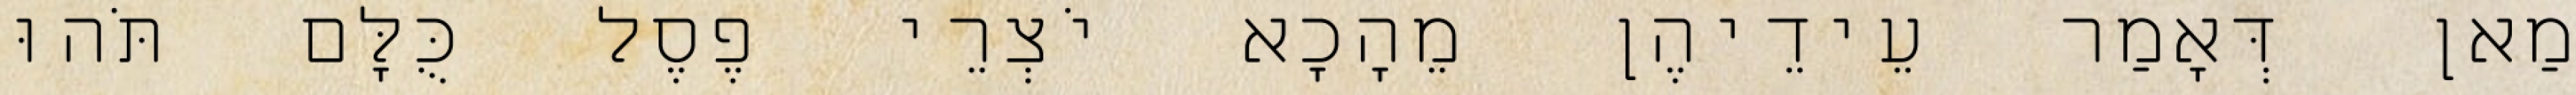
מַאן דְּאָמַר עֵידֵיהֶן מֵהָכָא יֹצְרֵי פֶסֶל כֻּלָּם תֹּהוּ